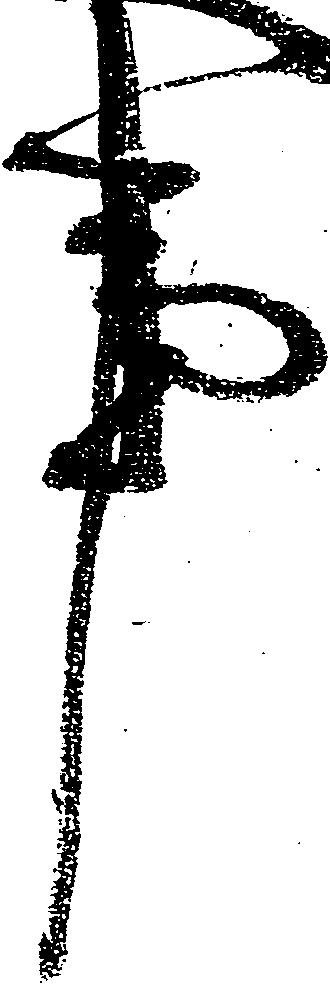
事